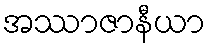
အဿာဇာနီယာ